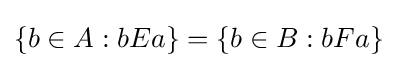
\{b\in A:bEa\}=\{b\in B:bFa\}